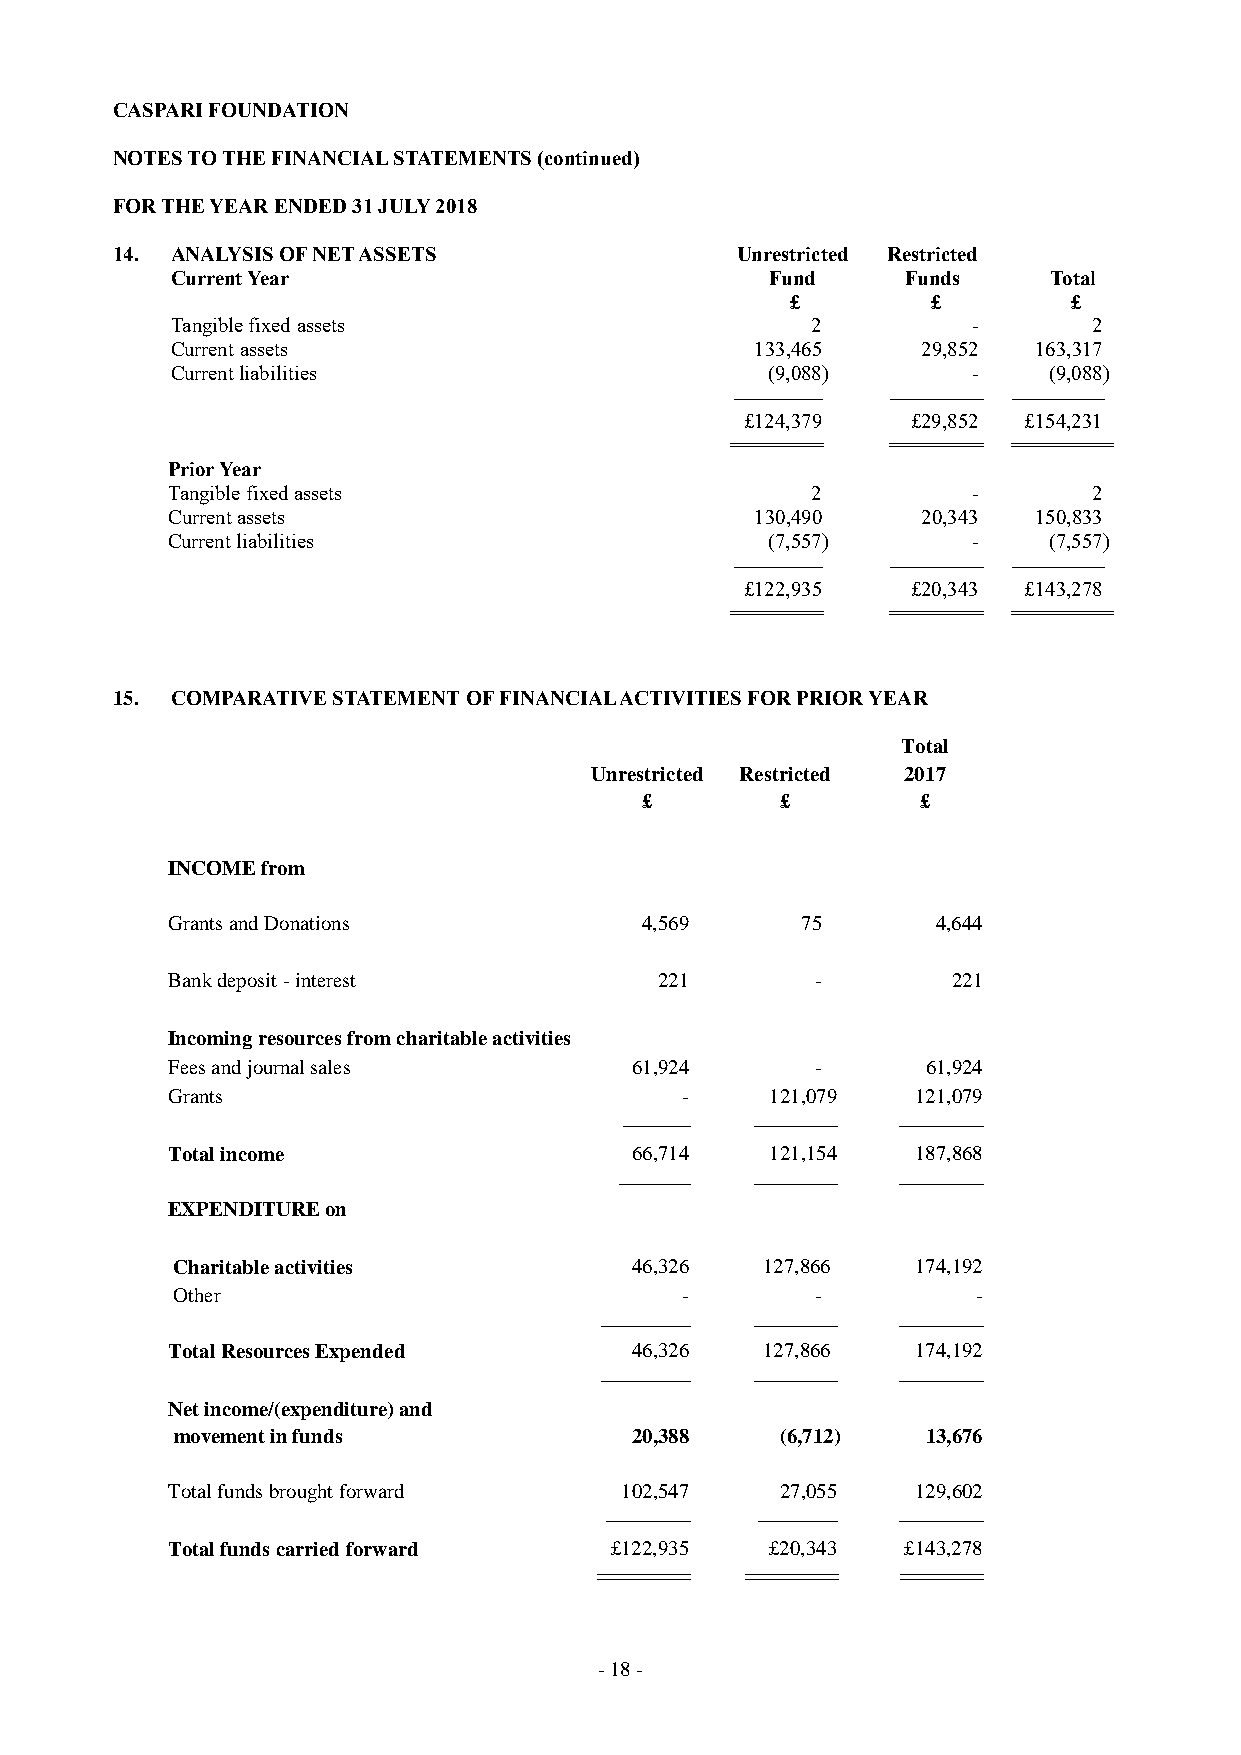
CASPARI FOUNDATION
 NOTES TO THE FINANCIAL STATEMENTS (continued)
 FOR THE YEAR ENDED 31 JULY 2018
 14. ANALYSIS OF NET ASSETS                Unrestricted Restricted
 Current Year                            Fund     Funds    Total
 £         £        £
 Tangible fixed assets                      2         -       2
 Current assets                         133,465    29,852 163,317
 Current liabilities                     (9,088)      -    (9,088)
 -------------------- --------------------- ---------------------
 £124,379   £29,852 £154,231
 ========== ========== ===========
 Prior Year
 Tangible fixed assets                      2         -       2
 Current assets                         130,490    20,343 150,833
 Current liabilities                     (7,557)      -    (7,557)
 -------------------- --------------------- ---------------------
 £122,935   £20,343 £143,278
 ========== ========== ===========
 15. COMPARATIVE STATEMENT OF FINANCIAL ACTIVITIES FOR PRIOR YEAR
 Total
 Unrestricted Restricted 2017
 £         £        £
 INCOME from
 Grants and Donations           4,569      75       4,644
 Bank deposit - interest          221       -        221
 Incoming resources from charitable activities
 Fees and journal sales         61,924      -      61,924
 Grants                            -     121,079   121,079
 --------------- ------------------- -------------------
 Total income                   66,714   121,154   187,868
 ---------------- ------------------- -------------------
 EXPENDITURE on
 Charitable activities          46,326  127,866    174,192
 Other                             -        -          -
 -------------------- ------------------- -------------------
 Total Resources Expended       46,326  127,866    174,192
 -------------------- ------------------- -------------------
 Net income/(expenditure) and
 movement in funds              20,388    (6,712)  13,676
 Total funds brought forward   102,547    27,055   129,602
 ------------------- ------------------ -------------------
 Total funds carried forward  £122,935   £20,343  £143,278
 ========== ========== =========
 - 18 -